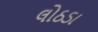
લોઠડા